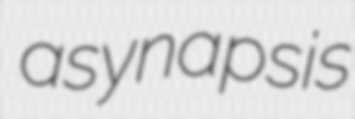
asynapsis